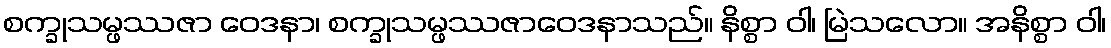
စက္ခုသမ္ဖဿဇာ ဝေဒနာ၊ စက္ခုသမ္ဖဿဇာဝေဒနာသည်။ နိစ္စာ ဝါ၊ မြဲသလော။ အနိစ္စာ ဝါ၊